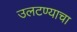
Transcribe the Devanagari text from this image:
उलटण्याचा